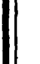
|